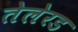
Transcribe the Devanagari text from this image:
तेलेरड